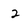
Character: 2